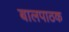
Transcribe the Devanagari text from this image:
बालपाठक